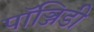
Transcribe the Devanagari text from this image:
पॉञ्जिडी